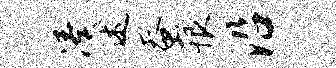
凑述蚕恨沿